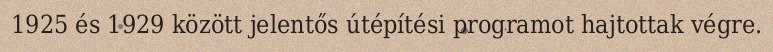
1925 és 1929 között jelentős útépítési programot hajtottak végre.